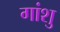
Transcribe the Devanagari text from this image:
गांशु